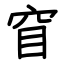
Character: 窅